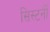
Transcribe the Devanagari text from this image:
सिस्टर्नी